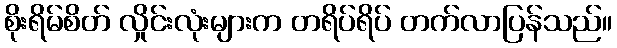
စိုးရိမ်စိတ် လှိုင်းလုံးများက တရိပ်ရိပ် တက်လာပြန်သည်။